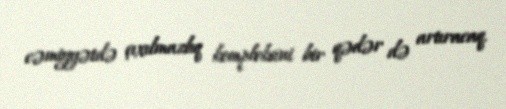
cəmiyyətdə çıxılmazlıq kompleksini bir qədər də artıracaq.